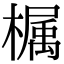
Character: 𣚚